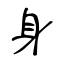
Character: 身